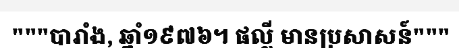
"""បារាំង, ឆ្នាំ១៩៧៦។ ផល្លី មានប្រសាសន៍"""